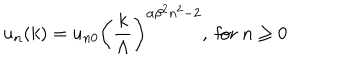
u _ { n } ( k ) = u _ { n 0 } \left( { \frac { k } { \Lambda } } \right) ^ { \alpha \beta ^ { 2 } n ^ { 2 } - 2 } , { \mathrm { ~ f o r ~ } } n \ge 0